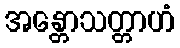
အန္တောသတ္တာဟံ